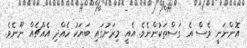
އޮންނަނީ ވެސް އެ ގަސްތަކުންނެވެ. އެއީ މިރަށުގައި ބަޔަކު ހެއްދި އެއްޗެއް ނޫނެވެ.